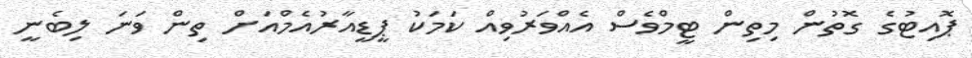
ޕޮއިޓުގެ ގޮތުން މިތިން ޓީމްވެސް އެއްވަރުވިއް ކަމަކު ޕީޑީއާރުއެމްއަށް ތިން ވަނަ ލިބެނީ